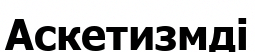
Аскетизмді